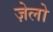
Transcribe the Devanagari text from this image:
ज़ेलो